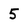
Character: 5